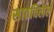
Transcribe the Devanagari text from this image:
साठविलेले